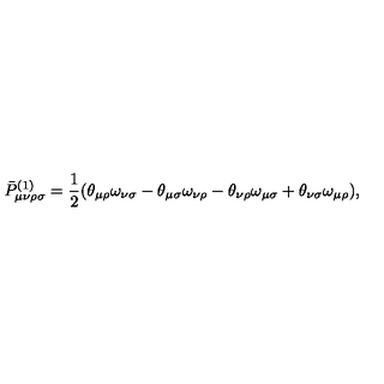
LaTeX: \bar { P } _ { \mu \nu \rho \sigma } ^ { ( 1 ) } = \frac { 1 } { 2 } ( \theta _ { \mu \rho } \omega _ { \nu \sigma } - \theta _ { \mu \sigma } \omega _ { \nu \rho } - \theta _ { \nu \rho } \omega _ { \mu \sigma } + \theta _ { \nu \sigma } \omega _ { \mu \rho } ) ,